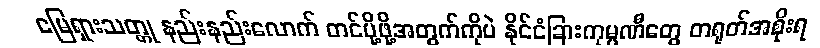
မြေရှားသတ္တု နည်းနည်းလောက် တင်ပို့ဖို့အတွက်ကိုပဲ နိုင်ငံခြားကုမ္ပဏီတွေ တရုတ်အစိုးရ